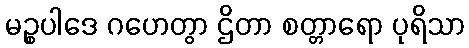
မဉ္စပါဒေ ဂဟေတွာ ဌိတာ စတ္တာရော ပုရိသာ